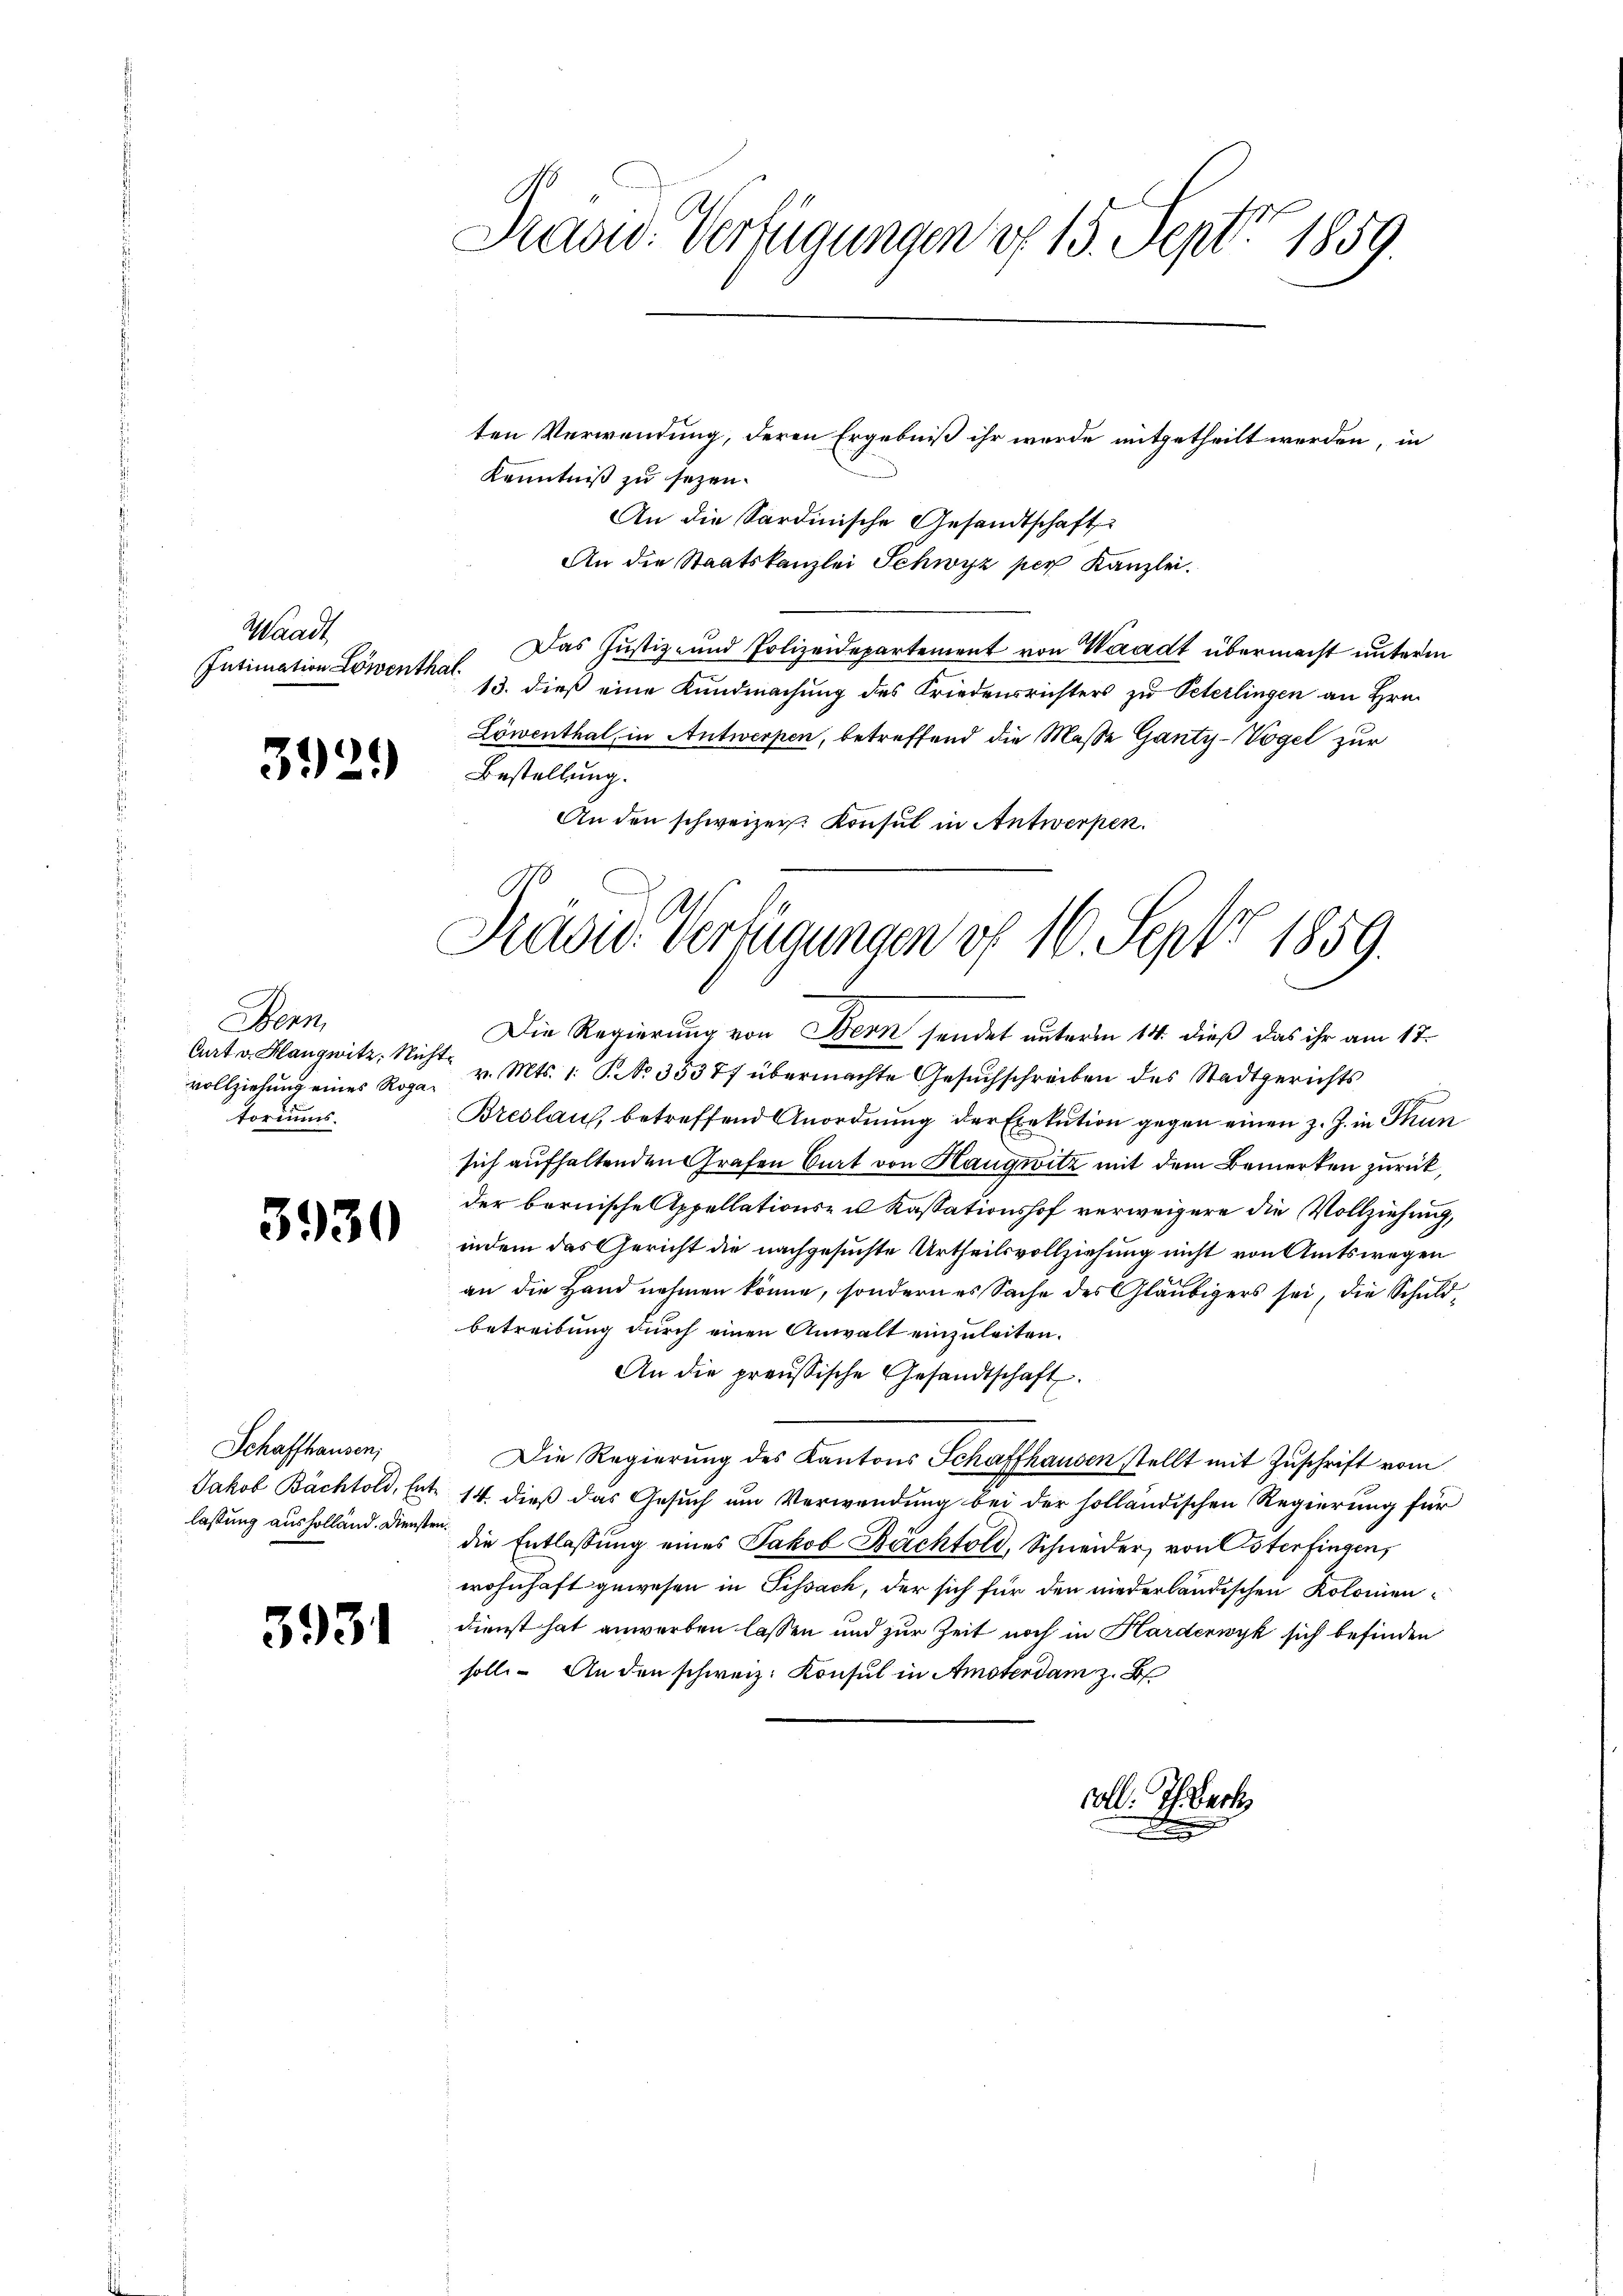
Waadt
Intimation Löwenthal.

3929)

Bern,
Curt v. Hangwitz, Nich
vollziehung eines Rogatoriums.

3930

Schaffhausen,
Jakob Bachtold, Ent
lassung ausholländ. Diensten

5931

Präsid. Verfügungen v. 15. Sept. 1859

ten Verwendung, deren Ergebniß ihr wurde mitgetheilt werden, in
Kenntniß zu sezen.
An die Sardinische Gesandtschaft
An die Staatskanzlei Schwyz per Kanzlei.
Das Justiz- und Polizeidepartement von Waadt übermacht unterm
13. dieß eine Kundmachung des Friedensrichters zu Peterlingen an Hrn.
Löwenthal, in Antwerpen, betreffend die Maße Ganty-Vogel zur
Bestellung.
An den schweizer. Konsul in Antwerpen.

Frages Verfügungen of 16 Sept 1859.

Die Regierung von Bern sendet unterm 14. dieß das ihr am 17.
 v. Mts. 1. No 35377 übermachte Gesuchschreiben des Stadtgerichts
Breslauf, betreffend Anordnung der Exekution gegen einen z. Z. in Thun
sich aufhaltenden Grafen Ort von Haugwitz mit dem Bemerken zurück,
der bernische Appellations- u Kassationshof verweigere die Vollziehung,
indem das Gericht die nachgesuchte Urtheilsvollziehung nicht von Amtswegen
an die Hand nehmen könne, sondern es Sache des Gläubigers sei, die Schuldbetreibung durch einen Anwalt einzuleiten.
An die preussische Gesandtschaft.
Die Regierung des Kantons Schaffhausen stellt mit Zŭschrift vom
14. dieß das Gesuch um Verwendung bei der holländischen Regierung für
die Entlassung eines Jakob Bachtold, Schneider, von Osterfingen,
wohnhaft gewesen in Sissach, der sich für den niederländischen Kolonien-
dienst hat anworben lassen und zur Zeit noch in Harderwyk sich befinden
soll. An den schweiz. Konsul in Amsterdam z. B

soll. Ich erk